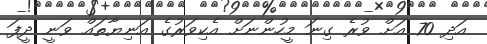
އަދި 70 އަށް ވުރެ ގިނަ މީހުންނަށް އެކިވަރުގެ އަނިޔާތައް ވަނީ ދީފަ